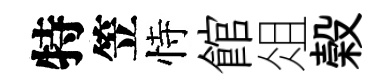
特笠恃館俎榖